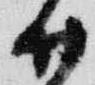
廿